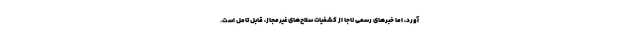
آورد، اما خبرهای رسمی ناجا از کشفیات سلاح‌های غیرمجاز، قابل تامل است.